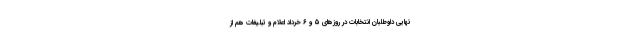
نهایی داوطلبان انتخابات در روزهای ۵ و ۶ خرداد اعلام و تبلیغات هم از